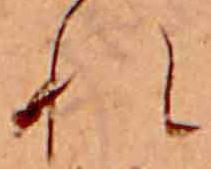
れ